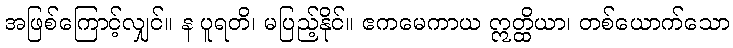
အဖြစ်ကြောင့်လျှင်။ န ပူရတိ၊ မပြည့်နိုင်။ ဧကမေကာယ ဣတ္ထိယာ၊ တစ်ယောက်သော